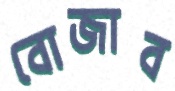
বোজাব